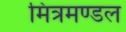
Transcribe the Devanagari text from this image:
मित्रमण्डल